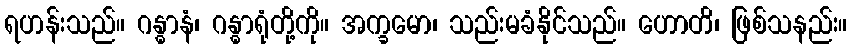
ရဟန်းသည်။ ဂန္ဓာနံ၊ ဂန္ဓာရုံတို့ကို။ အက္ခမော၊ သည်းမခံနိုင်သည်။ ဟောတိ၊ ဖြစ်သနည်း။